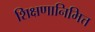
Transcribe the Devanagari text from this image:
शिक्षणानिमित्त